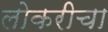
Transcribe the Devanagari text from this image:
लोकरीचा